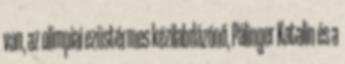
van, az olimpiai ezüstérmes kézilabdázónő, Pálinger Katalin és a